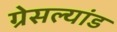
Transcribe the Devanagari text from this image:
ग्रेसल्यांड